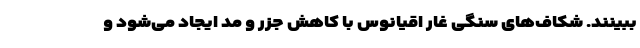
ببینند. شکاف‌های سنگی غار اقیانوس با کاهش جزر و مد ایجاد می‌شود و